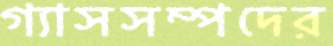
গ্যাসসম্পদের